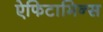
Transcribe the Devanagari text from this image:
ऐफिटामिन्स